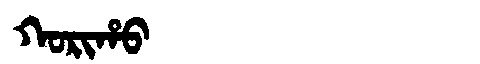
Manchu: ᡴᠣᡵᡳᡥᠣ
Romanization: KORIHO